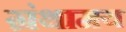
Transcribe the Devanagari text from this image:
ग्रंथामय